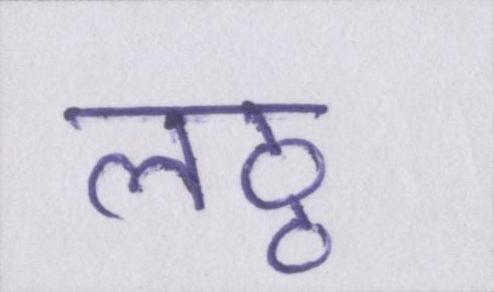
लठ्ठ